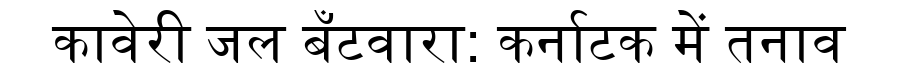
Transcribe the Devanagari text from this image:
कावेरी जल बँटवारा: कर्नाटक में तनाव